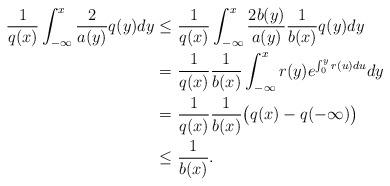
LaTeX: \begin{align*}\frac{1}{q(x)} \int_{-\infty}^{x} \frac{2}{a(y)}q(y) dy \leq&\ \frac{1}{q(x)} \int_{-\infty}^{x} \frac{2 b(y)}{a(y)} \frac{1}{b(x)} q(y) dy \\=&\ \frac{1}{q(x)} \frac{1}{b(x)} \int_{-\infty}^{x} r(y) e^{\int_{0}^{y} r(u) du } dy \\=&\ \frac{1}{q(x)} \frac{1}{b(x)} \big(q(x) - q(-\infty)\big) \\\leq&\ \frac{1}{b(x)}. \end{align*}